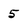
Character: 5